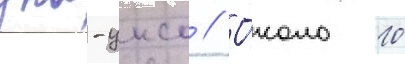
уна-унсо // О́коло 10